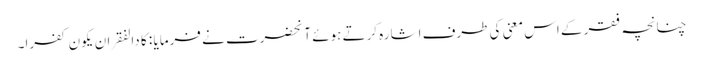
چنانچہ فقر کے اس معنی کی طرف اشارہ کرتے ہوئے آنحضرت نے فرمایا : کا دالفقر ان یکون کفرا۔